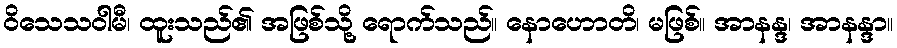
ဝိသေသဝါမီ၊ ထူးသည်၏ အဖြစ်သို့ ရောက်သည်။ နောဟောတိ၊ မဖြစ်။ အာနန္ဒ၊ အာနန္ဒာ။